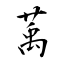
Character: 萭